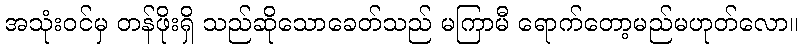
အသုံးဝင်မှ တန်ဖိုးရှိ သည်ဆိုသောခေတ်သည် မကြာမီ ရောက်တော့မည်မဟုတ်လော။